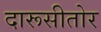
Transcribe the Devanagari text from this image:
दारूसीतोर